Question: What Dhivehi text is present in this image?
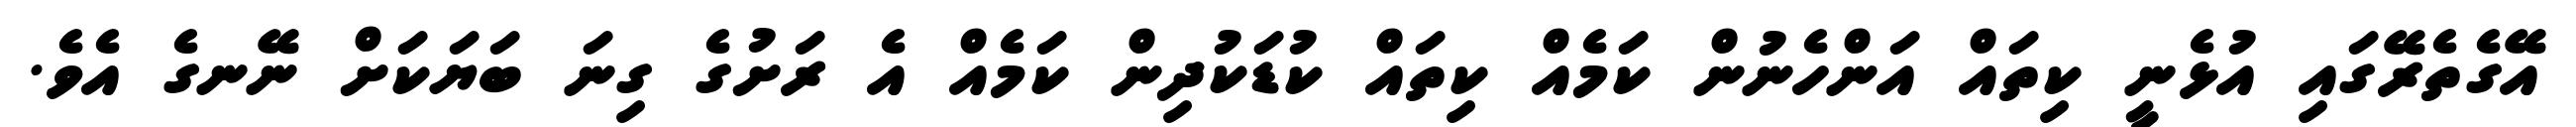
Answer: އޭގެތެރޭގައި އުޅެނީ ކިތައް އަންހެނުން ކަމެއް ކިތައް ކުޑަކުދިން ކަމެއް އެ ރަށުގެ ގިނަ ބަޔަކަށް ނޭނގެ އެވެ.